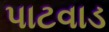
પાટવાડ